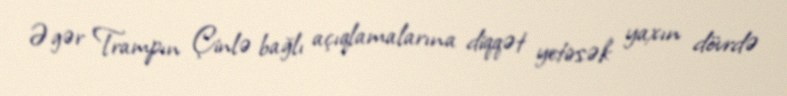
Əgər Trampın Çinlə bağlı açıqlamalarına diqqət yetirsək yaxın dövrdə